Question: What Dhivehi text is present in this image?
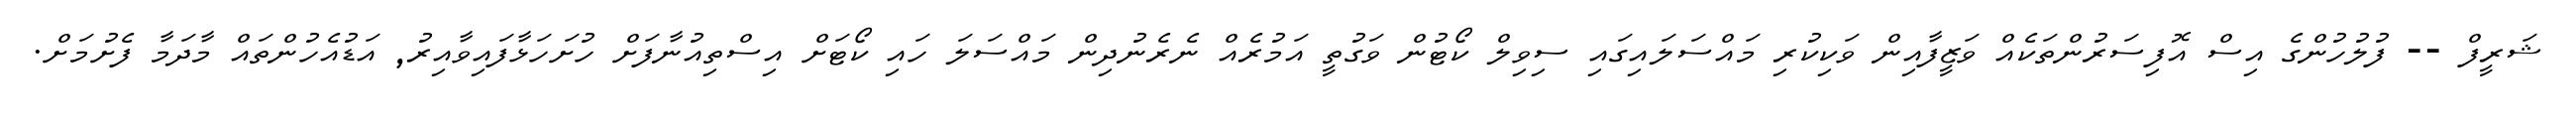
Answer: ޝަރީފް -- ފުލުހުންގެ އިސް އޮފިސަރުންތަކެއް ވަޒީފާއިން ވަކިކުރި މައްސަލައިގައި ސިވިލް ކޯޓުން ވަގުތީ އަމުރެއް ނެރެނުދިން މައްސަލަ ހައި ކޯޓަށް އިސްތިއުނާފަށް ހުށަހަޅާފައިވާއިރު, އަޑުއެހުންތައް މާދަމާ ފެށުމަށް.